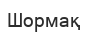
Шормақ